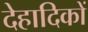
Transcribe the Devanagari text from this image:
देहादिकों